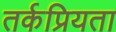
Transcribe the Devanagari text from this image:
तर्कप्रियता